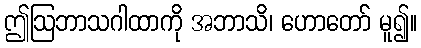
ဤဩဘာသဂါထာကို အဘာသိ၊ ဟောတော် မူ၍။